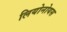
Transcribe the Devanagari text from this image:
लियोनोयस